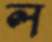
ল